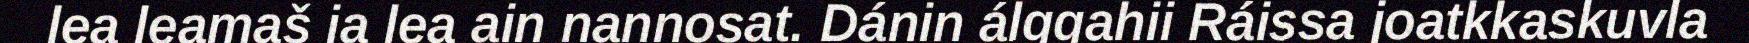
lea leamaš ja lea ain nannosat. Dánin álggahii Ráissa joatkkaskuvla